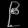
Digit: ၉